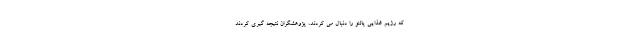
که رژیم غذایی پالئو را دنبال می کردند، پژوهشگران نتیجه گیری کردند